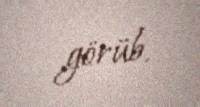
görüb.